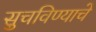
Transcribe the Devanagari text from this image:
सुचविण्याचे